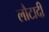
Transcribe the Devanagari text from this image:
लौटादी